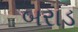
બરાડ